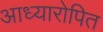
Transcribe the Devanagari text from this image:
आध्यारोपित